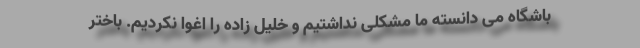
باشگاه می دانسته ما مشکلی نداشتیم و خلیل زاده را اغوا نکردیم. باختر